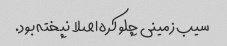
سیب زمینی چلو کره اصلا نپخته بود.